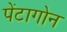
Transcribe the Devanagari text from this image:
पेंटागोन